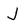
Character: J